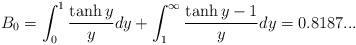
LaTeX: \begin{align*}B_0= \int_0^1 \frac{\tanh y}{y} dy + \int_1^{\infty} \frac{\tanh y-1}{y}dy=0.8187...\end{align*}